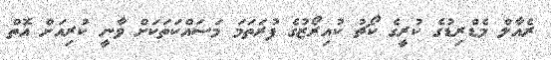
ރެއާލް މެޑްރިޑުގެ ކުރީގެ ކޯޗު ކުއިރޯޒުގެ ފުރަތަމަ މަސައްކަތަކަށް ވާނީ ކުރިއަށް އޮތް